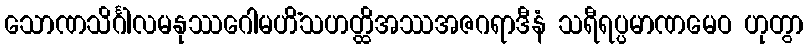
သောဏသိင်္ဂါလမနုဿဂေါမဟိံသဟတ္ထိအဿအဇဂရာဒီနံ သရီရပ္ပမာဏမေဝ ဟုတွာ